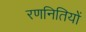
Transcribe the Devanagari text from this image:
रणनितियों